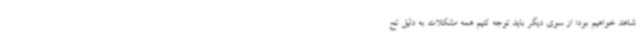
شاهد خواهیم بود؛ از سوی دیگر باید توجه کنیم همه مشکلات به دلیل تح